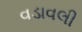
વડાવલી